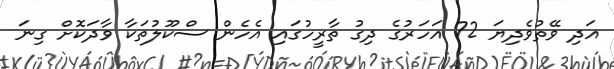
އަދި ވޭތުވެދިޔަ 72 އަހަރުގެ ދިގު ތާރީހުގައި އެހެން ސްކޫލުތަކާ ވާދަކޮށް ގިނަ